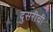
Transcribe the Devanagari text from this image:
दुसरीची